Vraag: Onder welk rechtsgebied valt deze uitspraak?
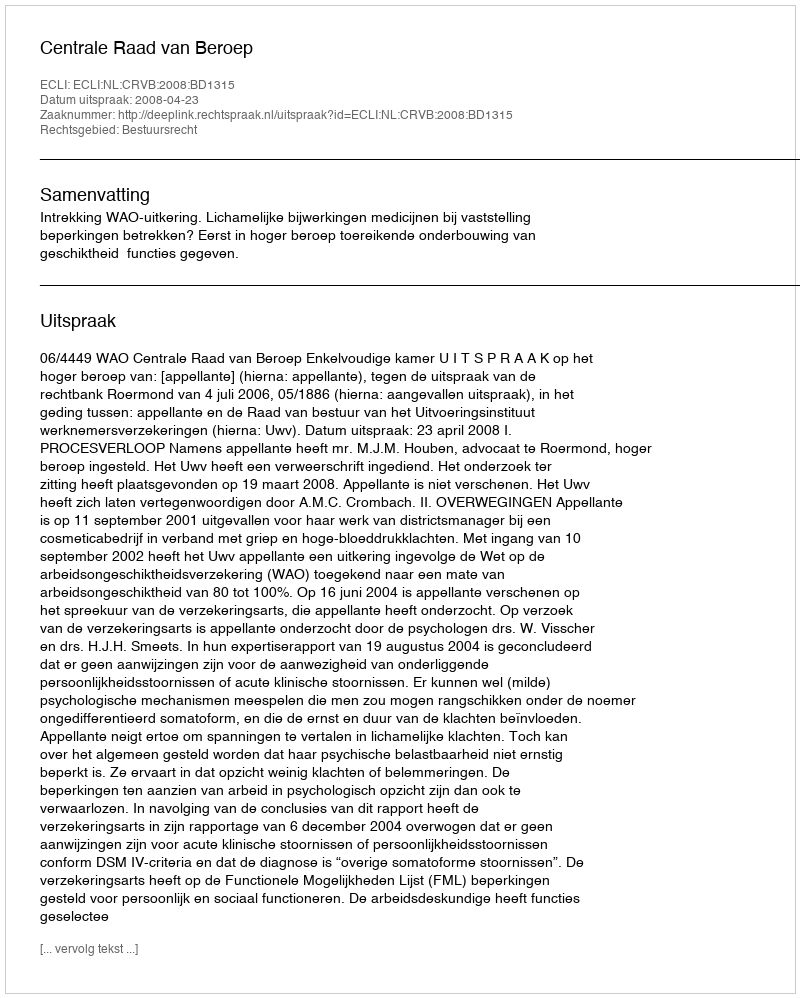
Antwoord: Bestuursrecht